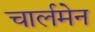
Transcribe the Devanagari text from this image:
चार्लमेन